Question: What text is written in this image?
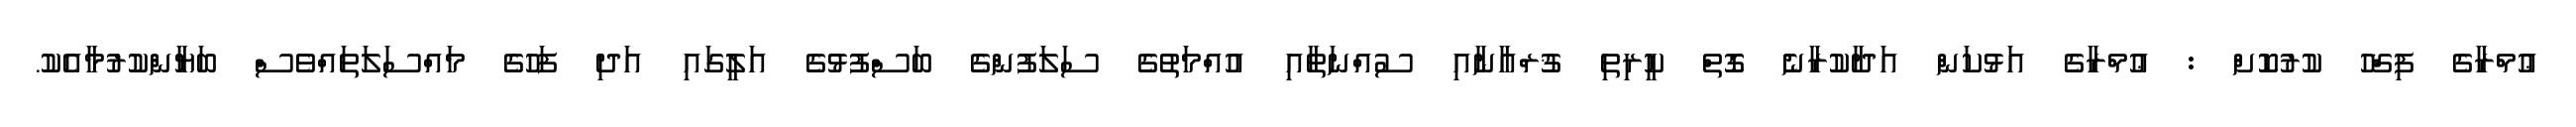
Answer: ޢުމްރާގެ ފިޤްހު ކުރުކޮށް : ޢުމްރާގެ އަޅުކަން އަދާކުރާނެ ގޮތް ކީރިތި ޤުރްއާނާއި ސުއްނަތާއި އުއްމަތުގެ ސަލަފުންގެ ބަސްފުޅުގެ އަލީގައި އަދި ފަހުގެ މައްސަލަތައްވެސް ބަޔާންކުރުމާއެކު.